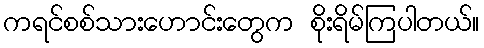
ကရင်စစ်သားဟောင်းတွေက စိုးရိမ်ကြပါတယ်။